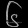
Digit: ၆